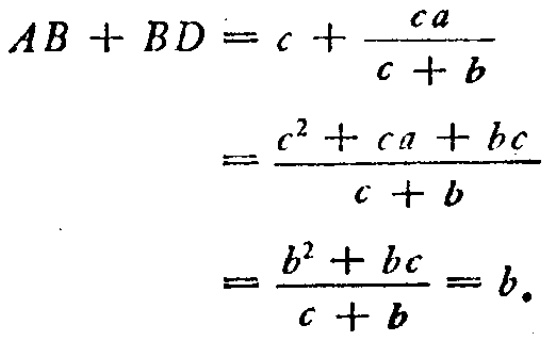
\[
\begin{align*}
AB + BD&=c+\frac{ca}{c + b}\\
&=\frac{c^{2}+ca+bc}{c + b}\\
&=\frac{b^{2}+bc}{c + b}=b.
\end{align*}
\]